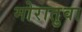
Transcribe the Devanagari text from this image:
मोरातुवा